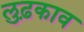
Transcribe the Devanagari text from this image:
लुढ़काव